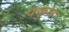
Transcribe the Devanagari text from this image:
पकुध